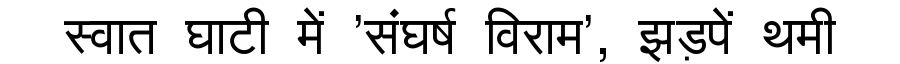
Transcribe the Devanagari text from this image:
स्वात घाटी में 'संघर्ष विराम', झड़पें थमी